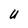
Character: U